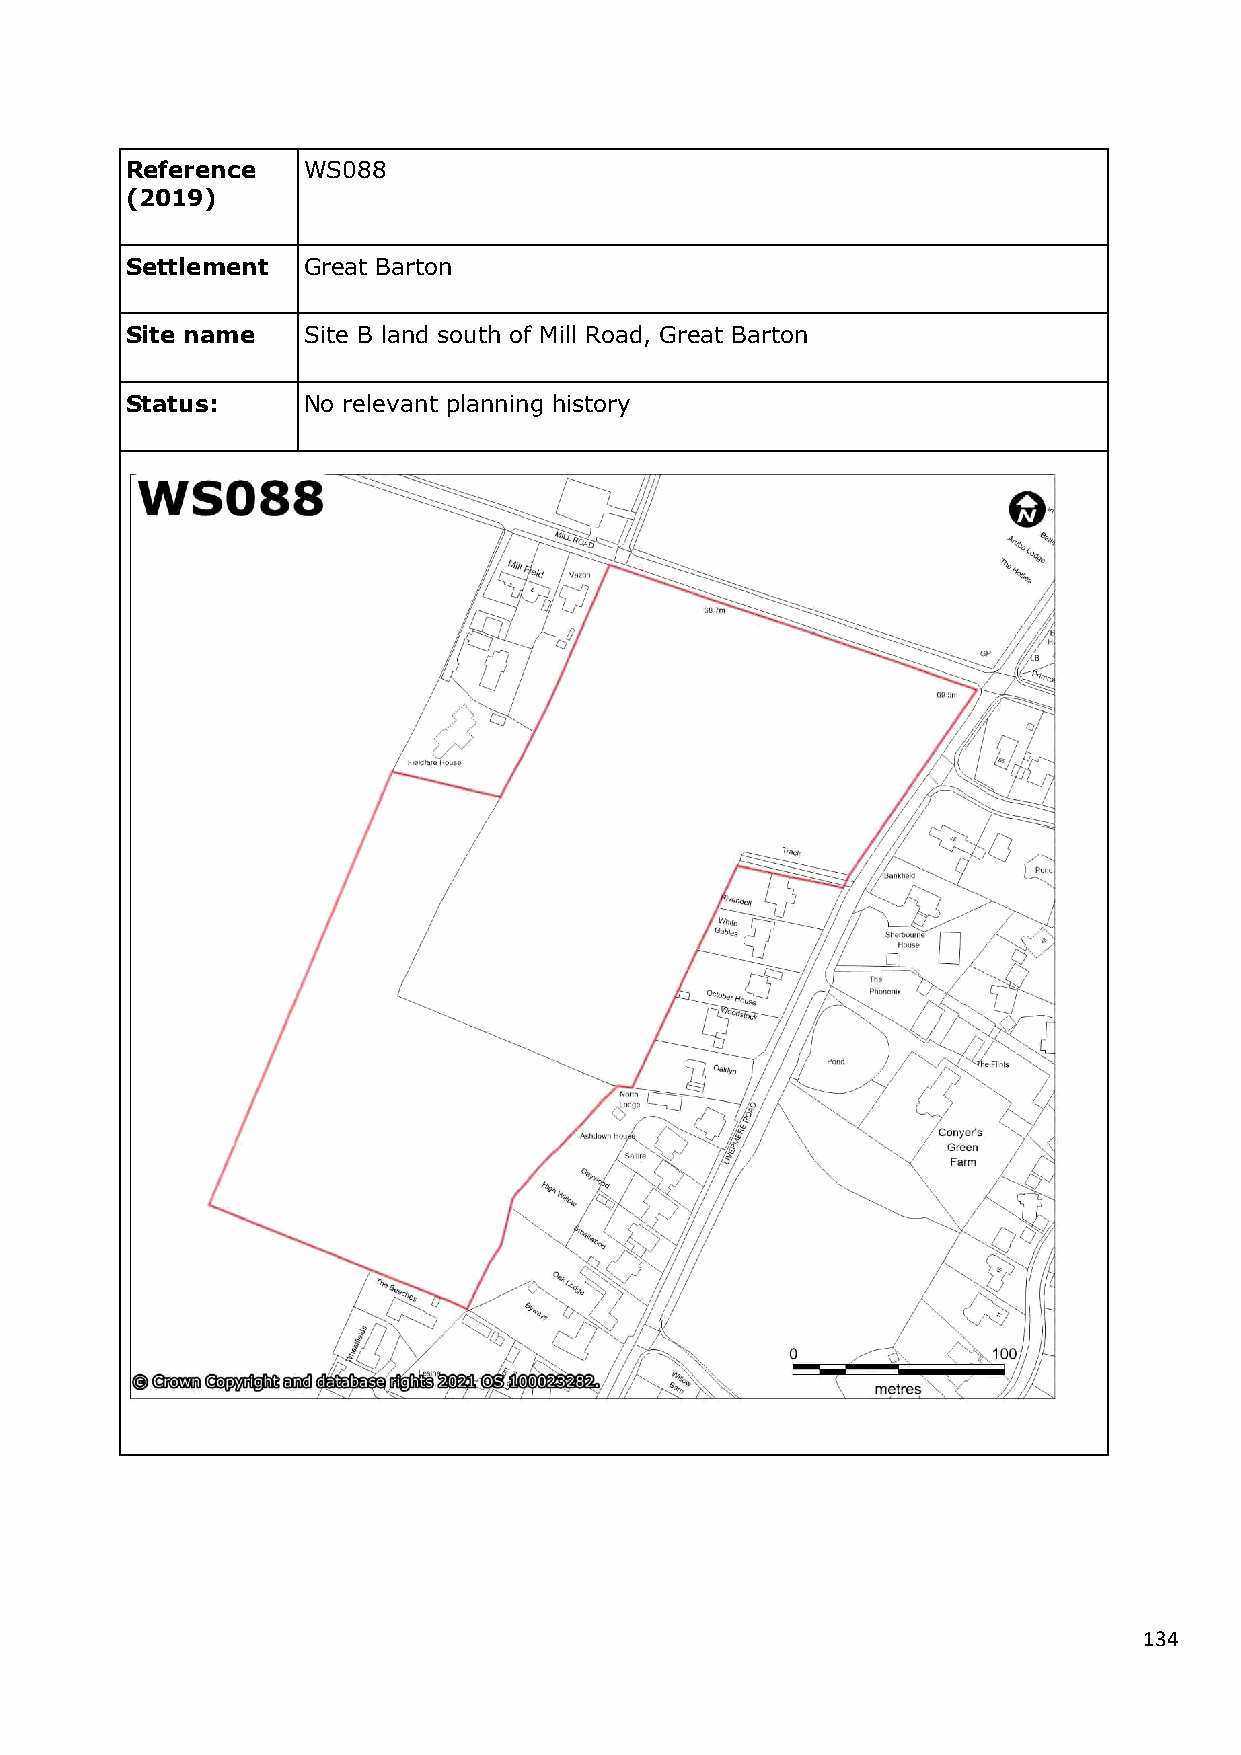
Reference   WS088
 (2019)
 Settlement  Great Barton
 Site name   Site B land south of Mill Road, Great Barton
 Status:     No relevant planning history
 134